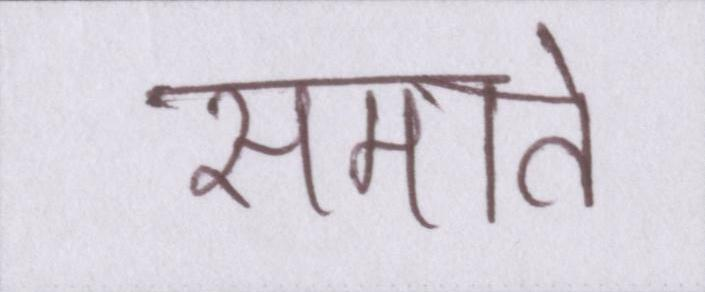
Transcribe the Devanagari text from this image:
समाते